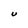
Character: U